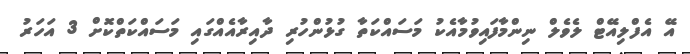
އޭ އެފްލިއޭޓް ލެވެލް ނިންމާފައިވުމާއެކު މަސައްކަތާ ގުޅުންހުރި ދާއިރާއެއްގައި މަސައްކަތްކޮށް 3 އަހަރު